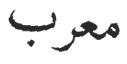
معرب